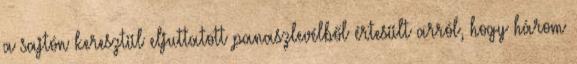
a sajtón keresztül eljuttatott panaszlevélből értesült arról, hogy három